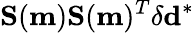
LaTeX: \mathbf{S}(\mathbf{m})\mathbf{S}(\mathbf{m})^{T}\delta\mathbf{d}^{*}